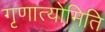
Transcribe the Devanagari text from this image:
गृणात्योमिति